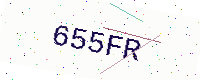
Text: 655FR